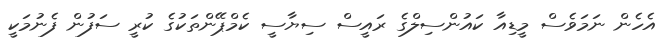
އެހެން ނަމަވެސް މީޑިއާ ކައުންސިލްގެ ރައީސް ސިޔާސީ ކެމްޕޭންތަކުގެ ކުރީ ސަފުން ފެނުމަކީ